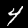
Label: 4